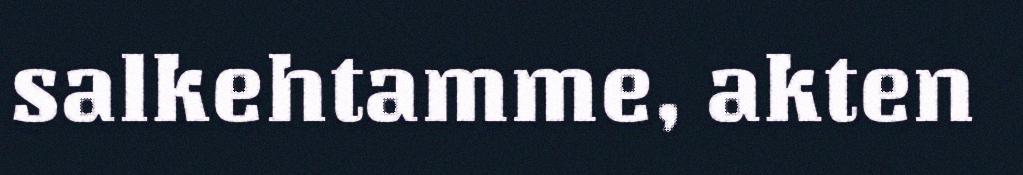
salkehtamme, akten